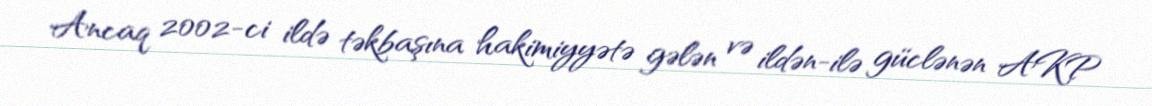
Ancaq 2002-ci ildə təkbaşına hakimiyyətə gələn və ildən-ilə güclənən AKP